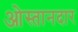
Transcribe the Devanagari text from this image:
ओस्तानदार